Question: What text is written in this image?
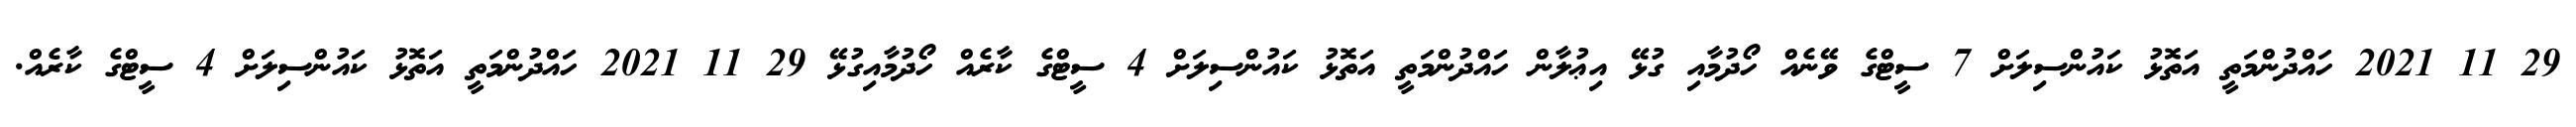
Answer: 29 11 2021 ހައްދުންމަތީ އަތޮޅު ކައުންސިލަށް 7 ސީޓްގެ ވޭނެއް ހޯދުމާއި ގުޅޭ އިޢުލާން ހައްދުންމަތީ އަތޮޅު ކައުންސިލަށް 4 ސީޓްގެ ކާރެއް ހޯދުމާއިގުޅޭ 29 11 2021 ހައްދުންމަތީ އަތޮޅު ކައުންސިލަށް 4 ސީޓްގެ ކާރެއް.